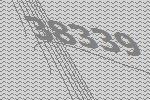
38339